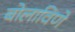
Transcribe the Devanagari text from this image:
बोलाविणे